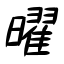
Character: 曜